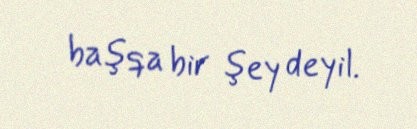
başqa bir şey deyil.